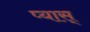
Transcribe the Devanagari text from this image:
प्यास्